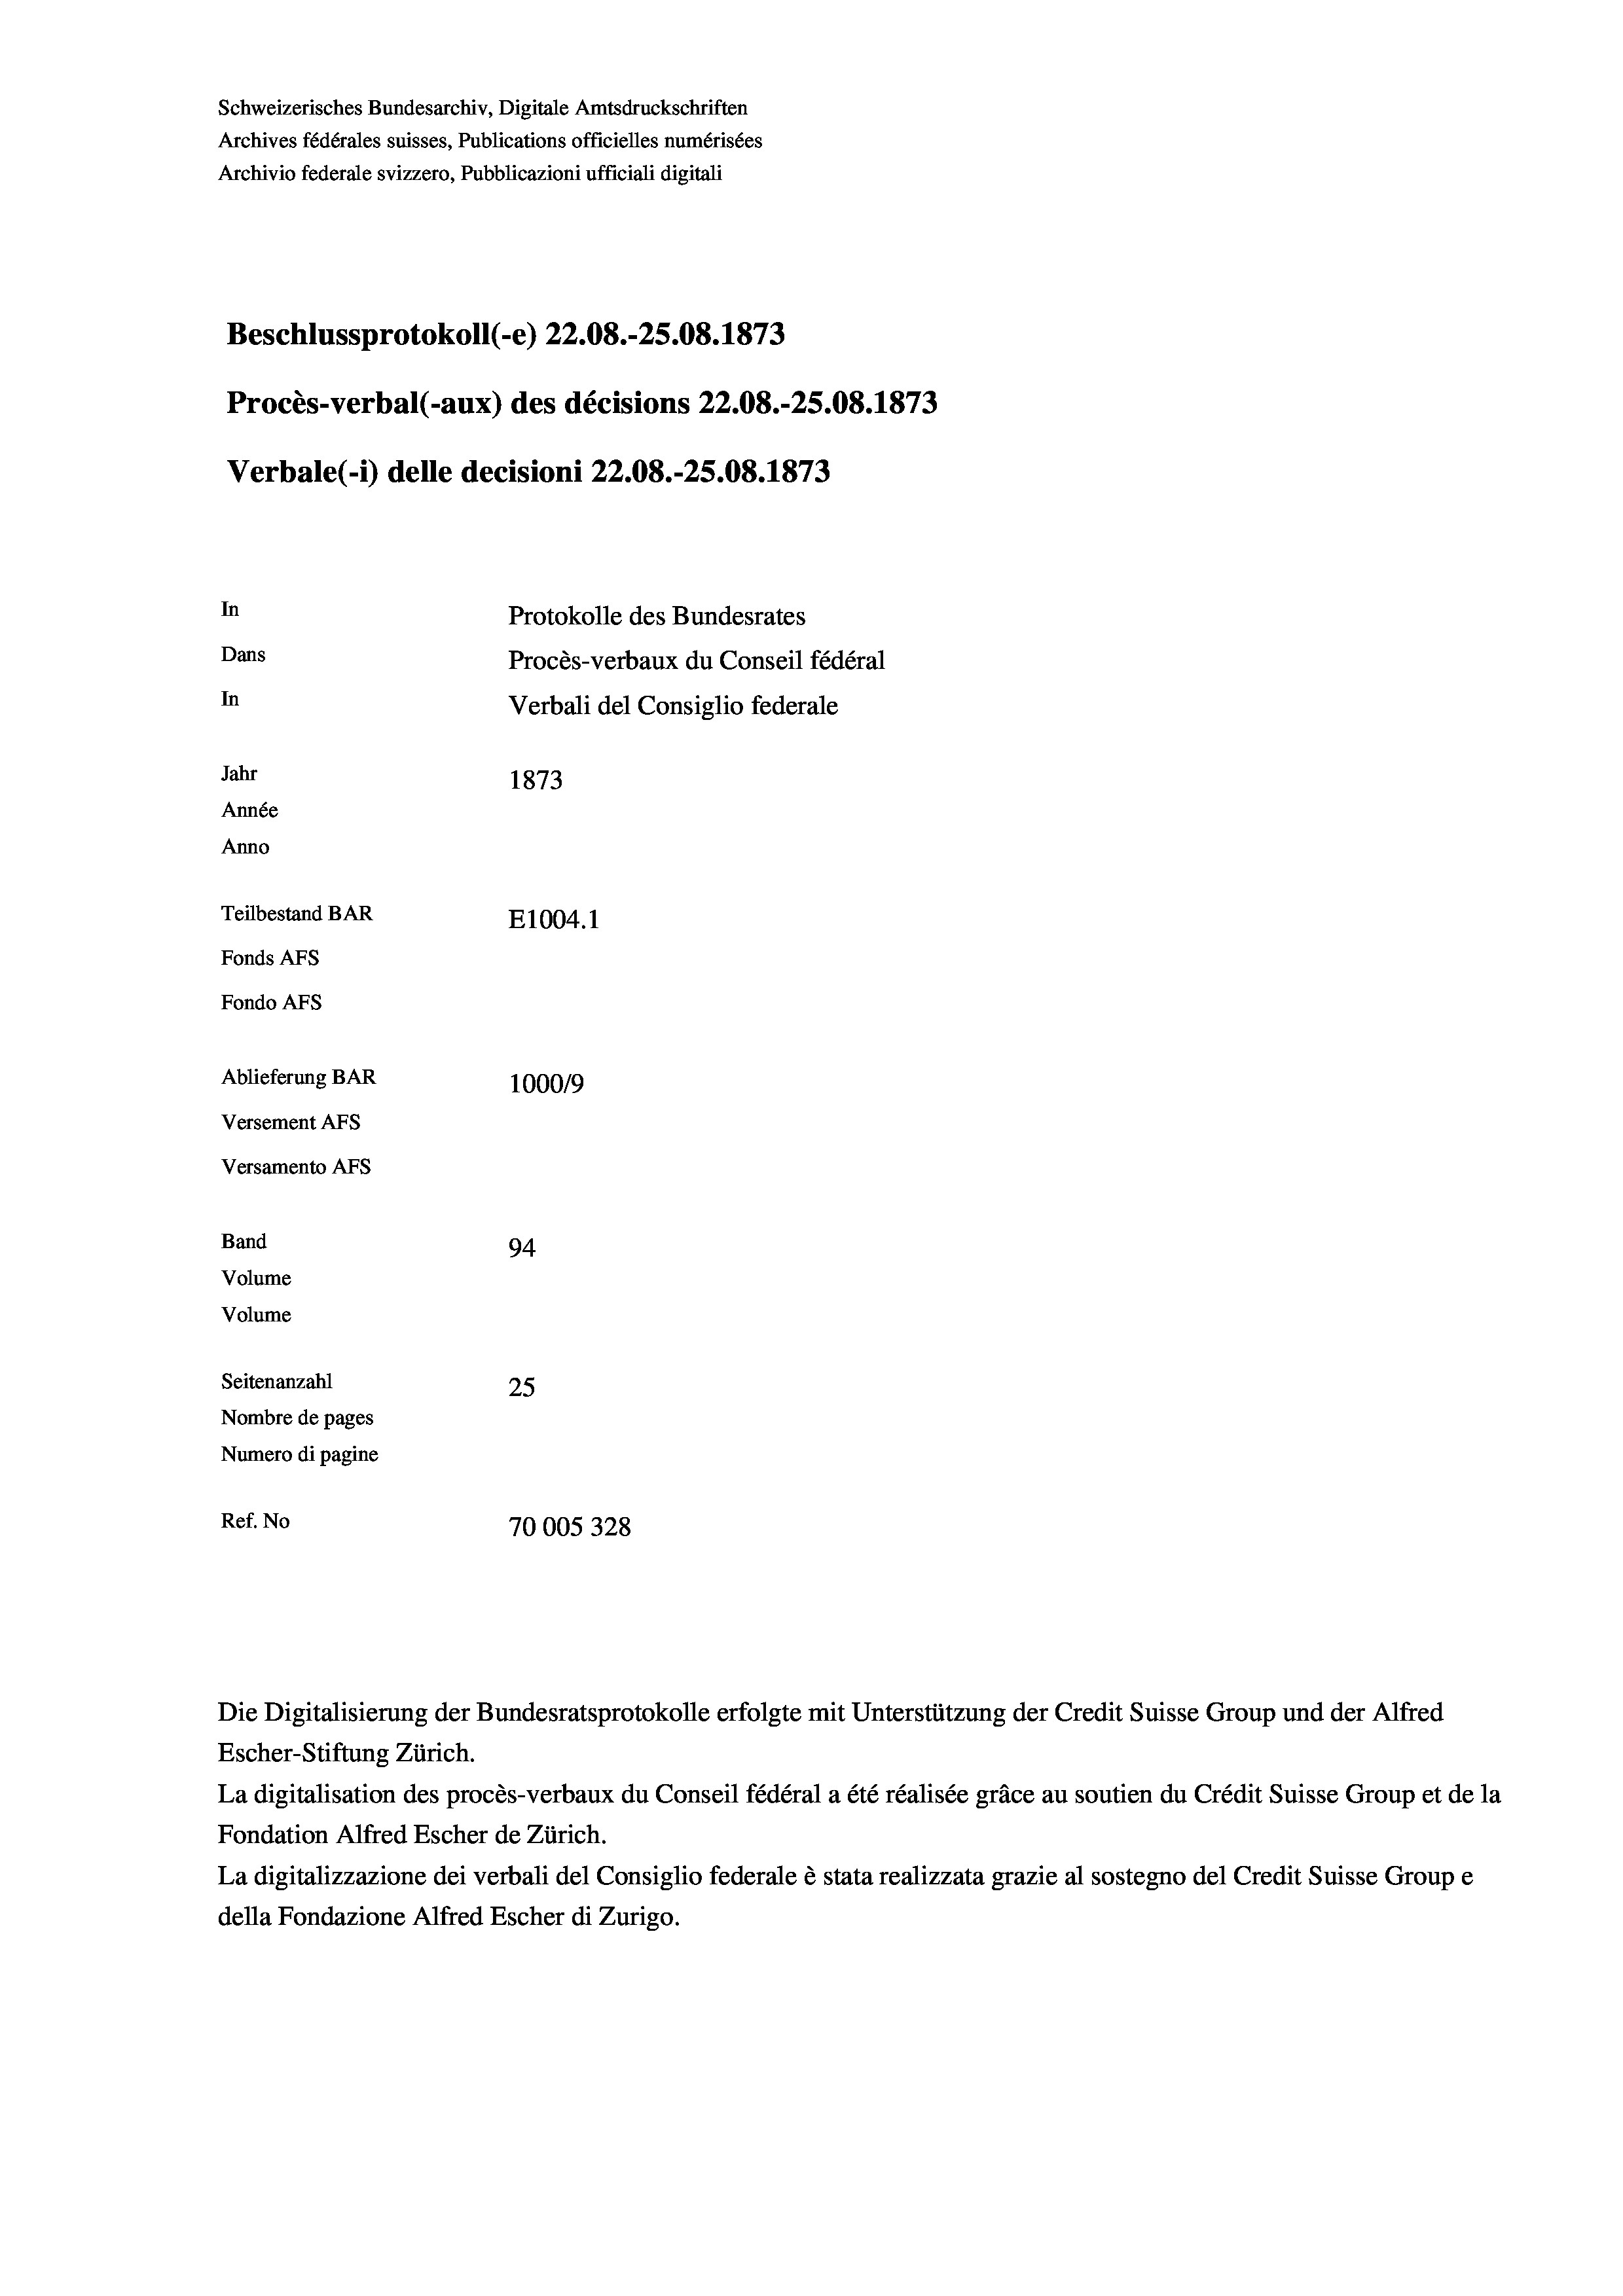
Schweizerisches Bundesarchiv, Digitale Amtsdruckschriften
Archives fédérales suisses, Publications officielles numérisées
Archivio federale svizzero, Pubblicazioni ufficiali digitali
Beschlussprotokoll (-e) 22.08.-25.08. 1873
Procès-verbal (-aux) des décisions 22.08.-25.08. 1873
Verbale (- 1) delle decisioni 22.08.-25.08. 1873
In
Protokolle des Bundesrates
Dans
Procès-verbaux du Conseil fédéral
In
Verbali del Consiglio federale
Jahr
1873
Année
Anno
Teilbestand BAR
E1004. 1
Fonds AFs
Fondo Afs
Ablieferung BAR
100019
Versement AFs
Versamento Afs
Band
94.

Volume
Volume
Seitenanzahl
25
Nombre de pages
Numero di pagine
Ref. No
70005328

Escher-Stiftung Zürich.
La digitalisation des procès-verbaux du Conseil fédéral a été réalisée gräce au soutien du Crédit Suisse Group et de la
Fondation Alfred Escher de Zürich.
La digitalizzazione dei verbali del Consiglio federale è stata realizzata grazie al sostegno del Credit Suisse Groupe
della Fondazione Alfred Escher di Zurigo.

Die Digitalisierung der Bundesratsprotokolle erfolgte mit Unterstützung der Credit Suisse Group und der Alfred